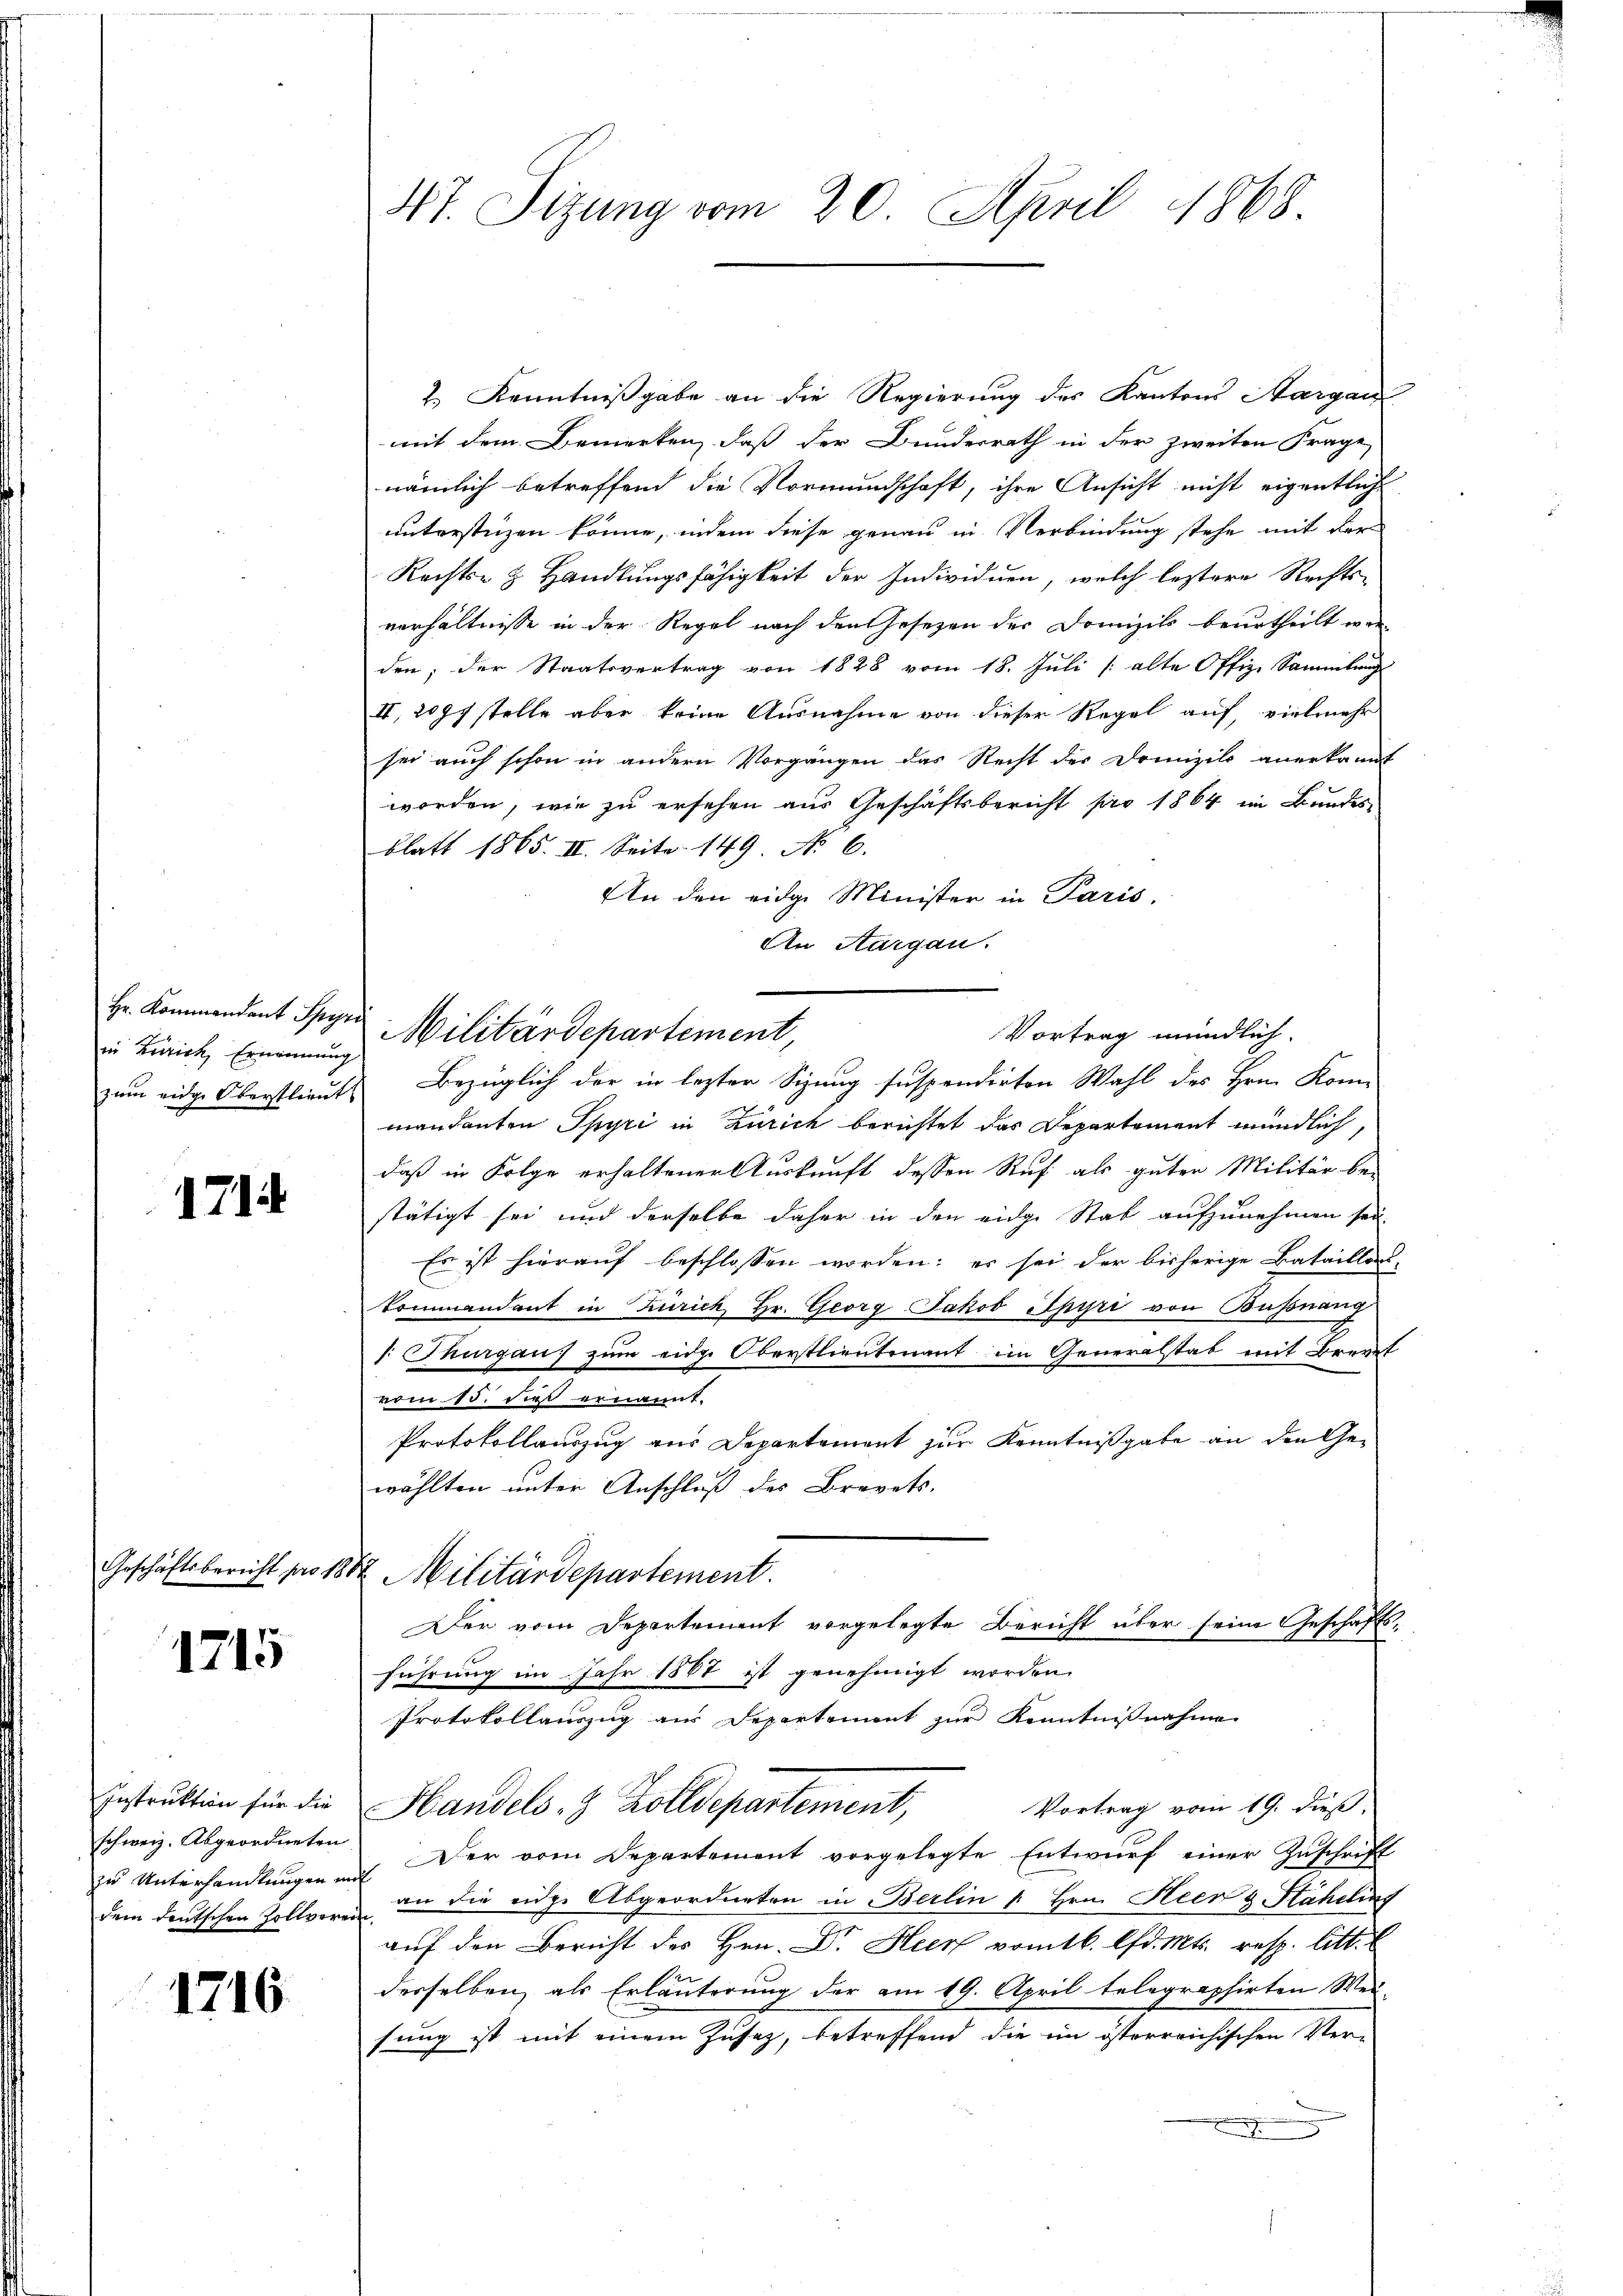
Hr. Kommandant Spyri
in Zürich, Ernennung

1714

1715

Instruktion für die
schweiz. Abgeordneten
zu Unterhandlungen mit
dem deutschen Zollverei

1716

47. Sizung vom 20. April 1868.

2.) Kenntnißgabe an die Regierung des Kantons Aargau
mit dem Bemerken, daß der Bunderrath in der zweiten Frage
nämlich betreffend die Vormundschaft, ihre Ansicht nicht eigentliche
unterstüzen könne, indem diese genau in Verbindung stehe mit der
Rechte & Handlungsfähigkeit der Individuen, welch leztere Rechts-
verhältnisse in der Regel nach den Gesetzen der Domizils beurtheilt wer-
den; der Staatsvertrag von 1828 vom 18. Juli [ alte Offiz. Sammlung
II., 2097 stelle aber keine Ausnahme von dieser Regel auf, vielmehr
sei auch schon in andern Vorgangen das Recht der Drunzils anerkannt
worden, wie zu ersehen aus Geschäftsbericht pro 1864 im Bundes
blatt 1865. II. Seite 149. No. 6.
An den eidge Minister in Paris,
An Aargau.
Militärdepartement,
zum eidge Oberstlieut. Bezüglich der in lezter Sizung suspendirten Wahl des Hrn. Kon
mandanten Spyri in Zürich berichtet das Departement mündlich,
daß in Folge erhaltener Auskunft dessen Ruf als guter Militär be-
stätigt sei und derselbe daher in den eidge Stab aufzunehmen sei.
Es ist hierauf beschlossen worden; es sei der bisherige Bataillon-
kommandant in Zürich Hr. Georg Jakob Spyri von Bussnang
/: Thurgau, zum eidge Oberstlieutenant im Generalstab mit Brevet
vom 15. dieß ernannt.
Protokollauszug aus Departement zur Kenntnißgabe an den Gewählten unter Anschluß des Brevets.
Geschäftsbericht pro 1882 Militärdepartement.
Der vom Departement vorgelegte Bericht über seine Geschäftsführung im Jahr 1887 ist genehmigt worden.
Protokollauszug aus Departement zur Kenntnißnahme
Vortrag vom 19. dieß,
Handels- & Zolldepartement,
Der vom Departement vorgelegte Entwurf einer Zuschrift
an die eidge Abgeordneten in Berlin (: Hrn. Heer & Stäheling
auf den Bericht des Hrn. Dr. Heer vom 16. lfd. Mts. resp. litt. E
derselben, als Erläuterung der am 19. April telegraphirten Weisung ist mit einem Zusaz, betreffend die im österreichischen Ver¬

Vortrag mündlich.